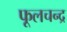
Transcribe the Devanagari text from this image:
फूलचन्द्र